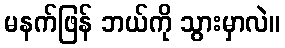
မနက်ဖြန် ဘယ်ကို သွားမှာလဲ။